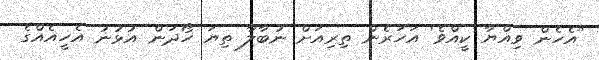
"އެހެން ވިއްޔާ ކީއްވެ' އަހަރެން ތިރިއަށް ނުބާލާ ތިޔަ ހޯދަން އުޅުނު އެހީއެއްގެ